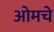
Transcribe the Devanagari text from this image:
ओमचे